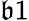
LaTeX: \mathfrak{b}1